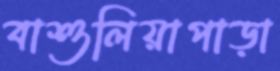
বাশুলিয়াপাড়া